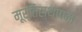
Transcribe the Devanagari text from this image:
मूर्तिस्थापना